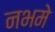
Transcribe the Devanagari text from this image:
नभमे